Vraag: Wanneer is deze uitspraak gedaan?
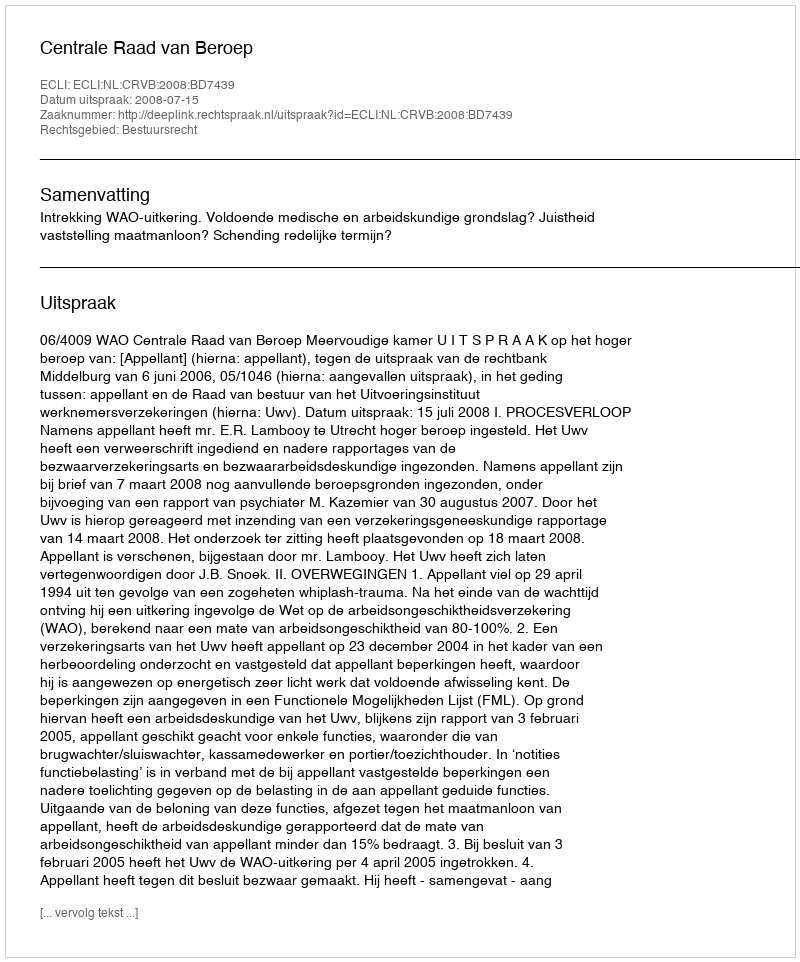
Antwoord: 2008-07-15